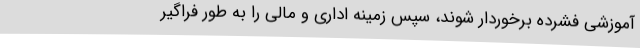
آموزشی فشرده برخوردار شوند، سپس زمینه اداری و مالی را به طور فراگیر